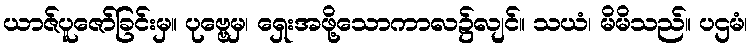
ယာဇ်ပူဇော်ခြင်းမှ။ ပုဗ္ဗေမှ၊ ရှေးအဖို့သောကာလ၌လျင်။ သယံ၊ မိမိသည်။ ပဌမံ၊